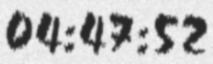
04:47:52